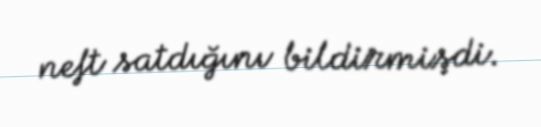
neft satdığını bildirmişdi.